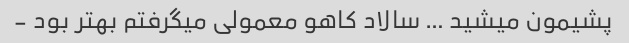
پشیمون میشید … سالاد کاهو معمولی میگرفتم بهتر بود -